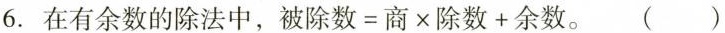
6. 在有余数的除法中，被除数=商×除数+余数。 ( )